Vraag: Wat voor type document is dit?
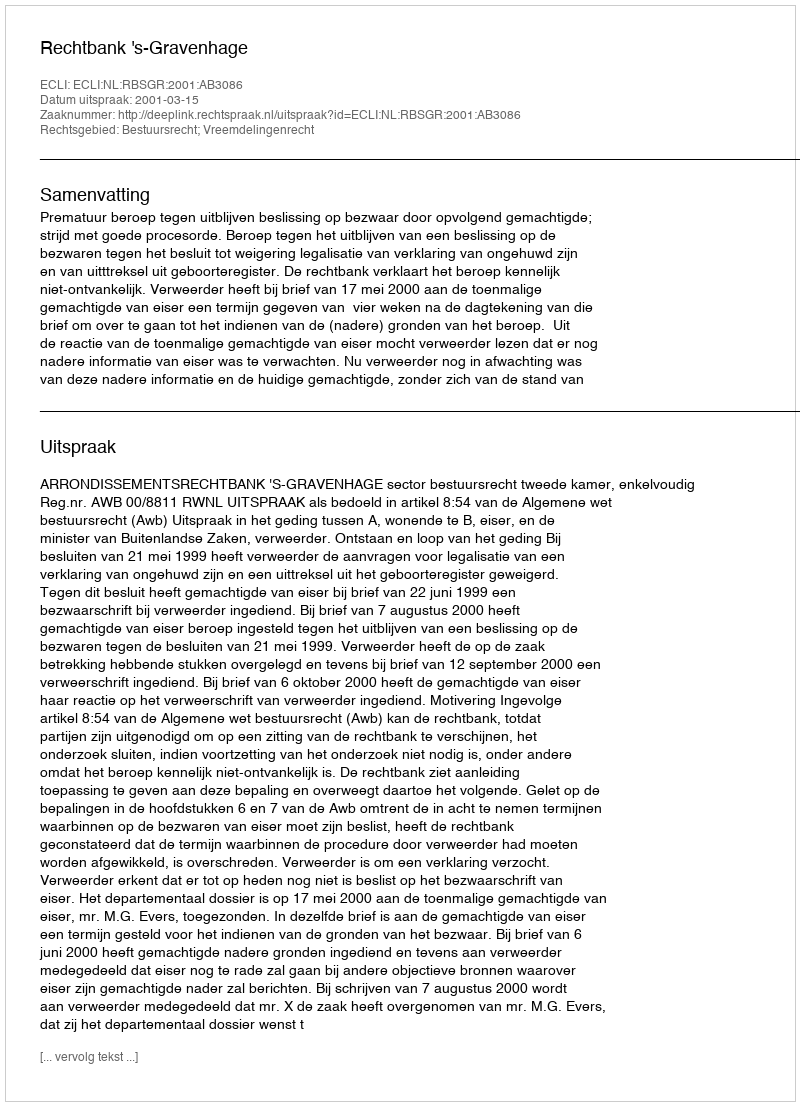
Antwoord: Uitspraak